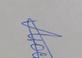
Signature authenticity: genuine